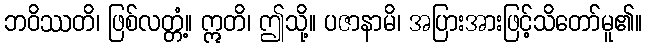
ဘဝိဿတိ၊ ဖြစ်လတ္တံ့။ ဣတိ၊ ဤသို့။ ပဇာနာမိ၊ အပြားအားဖြင့်သိတော်မူ၏။